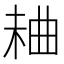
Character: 𣒠